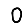
Digit: 0